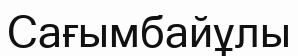
Сағымбайұлы